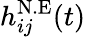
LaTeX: h_{ij}^{\mathrm{N.E}}(t)